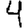
Digit: 4